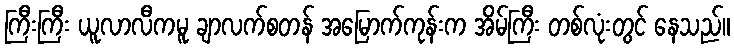
ကြီးကြီး ယူလာလီကမူ ချာလက်စတန် အမြောက်ကုန်းက အိမ်ကြီး တစ်လုံးတွင် နေသည်။